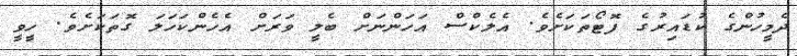
ދެމީހުންގެ ކުޑައިރުގެ ފޮޓޯތަކަށެވެ. އެލެކްސް އަހަންނަށް ބެލީ ވަރަށް އެހެންކަހަލަ ގޮތަކަށެވެ. ހީވީ